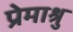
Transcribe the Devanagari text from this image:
प्रेमाश्रु